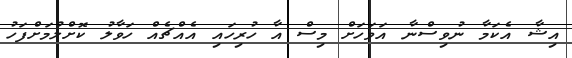
އިޝާ އެކަމާ ނުވިސްނާ އަވަހަށް މިސް އާ ހުރިހައި އެއްޗެއް ހަވާލު ކޮށްލުމަށްފަހު